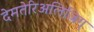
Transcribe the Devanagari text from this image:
देमतेरिअलिज़िग्